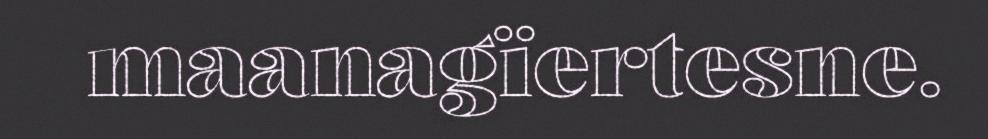
maanagïertesne.